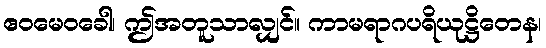
ဧဝမေဝခေါ၊ ဤအတူသာလျှင်။ ကာမရာဂပရိယုဋ္ဌိတေန၊